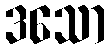
ဒသော